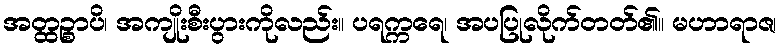
အတ္ထဉ္စာပိ၊ အကျိုးစီးပွားကိုလည်း။ ပရက္ကရေ၊ အပပြုလိုက်တတ်၏။ မဟာရာဇ၊